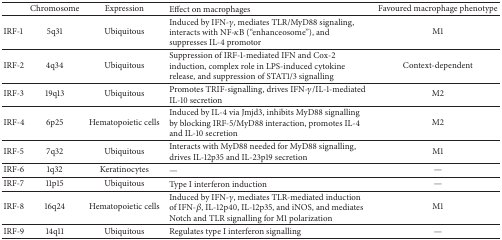
|  | Chromosome | Expression | Effect on macrophages | Favoured macrophage phenotype |
 | --- | --- | --- | --- | --- |
 | IRF-1 | 5q31 | Ubiquitous | Induced by IFN-γ, mediates TLR/MyD88 signaling, interacts with NF-κB (“enhanceosome”), and suppresses IL-4 promotor | M1 |
 | IRF-2 | 4q34 | Ubiquitous | Suppression of IRF-1-mediated IFN and Cox-2 induction, complex role in LPS-induced cytokine release, and suppression of STAT1/3 signalling | Context-dependent |
 | IRF-3 | 19q13 | Ubiquitous | Promotes TRIF-signalling, drives IFN-γ/IL-1-mediated IL-10 secretion | M2 |
 | IRF-4 | 6p25 | Hematopoietic cells | Induced by IL-4 via Jmjd3, inhibits MyD88 signalling by blocking IRF-5/MyD88 interaction, promotes IL-4 and IL-10 secretion | M2 |
 | IRF-5 | 7q32 | Ubiquitous | Interacts with MyD88 needed for MyD88 signalling, drives IL-12p35 and IL-23p19 secretion | M1 |
 | IRF-6 | 1q32 | Keratinocytes | — | — |
 | IRF-7 | 11p15 | Ubiquitous | Type I interferon induction | — |
 | IRF-8 | 16q24 | Hematopoietic cells | Induced by IFN-γ, mediates TLR-mediated induction of IFN-β, IL-12p40, IL-12p35, and iNOS, and mediates Notch and TLR signalling for M1 polarization | M1 |
 | IRF-9 | 14q11 | Ubiquitous | Regulates type I interferon signalling | — |